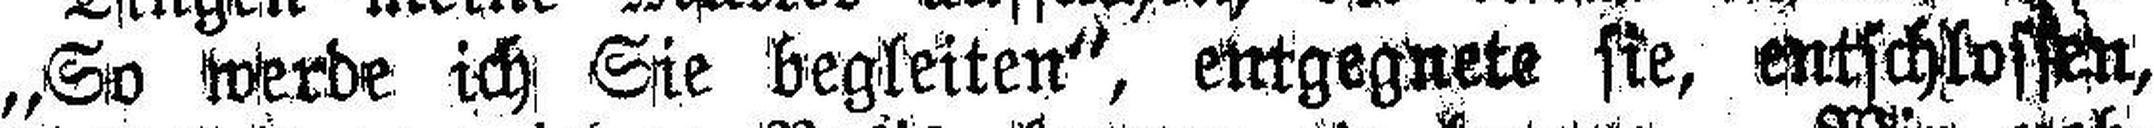
„So werde ich Sie begleiten“, entgegnete sie, entschlossen,